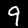
Digit: 9